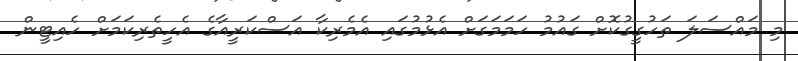
މި މައްސަލަ ތަހުގީގުކޮށް ގައުމު ހަމަމަގަށް އެޅުމުގައި އެމެރިކާ އަސްކަރީއާގެ އެހީތެރިކަމަށް ހެއިޓީން